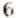
6